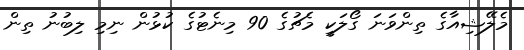
މެލޭޝިއާގެ ތިންވަނަ ގޯލަކީ މެޗުގެ 90 މިނެޓުގެ ކުޅުން ނިމި ލިބުނު ތިން